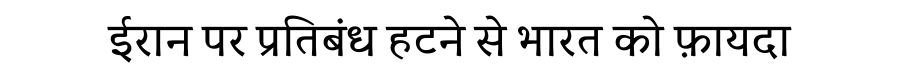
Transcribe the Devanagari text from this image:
ईरान पर प्रतिबंध हटने से भारत को फ़ायदा